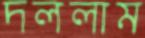
দললাম